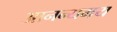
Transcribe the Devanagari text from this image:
आनन्यमय